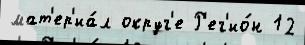
мат'ер'иа́л округ'е Р'ег'ио́н 12